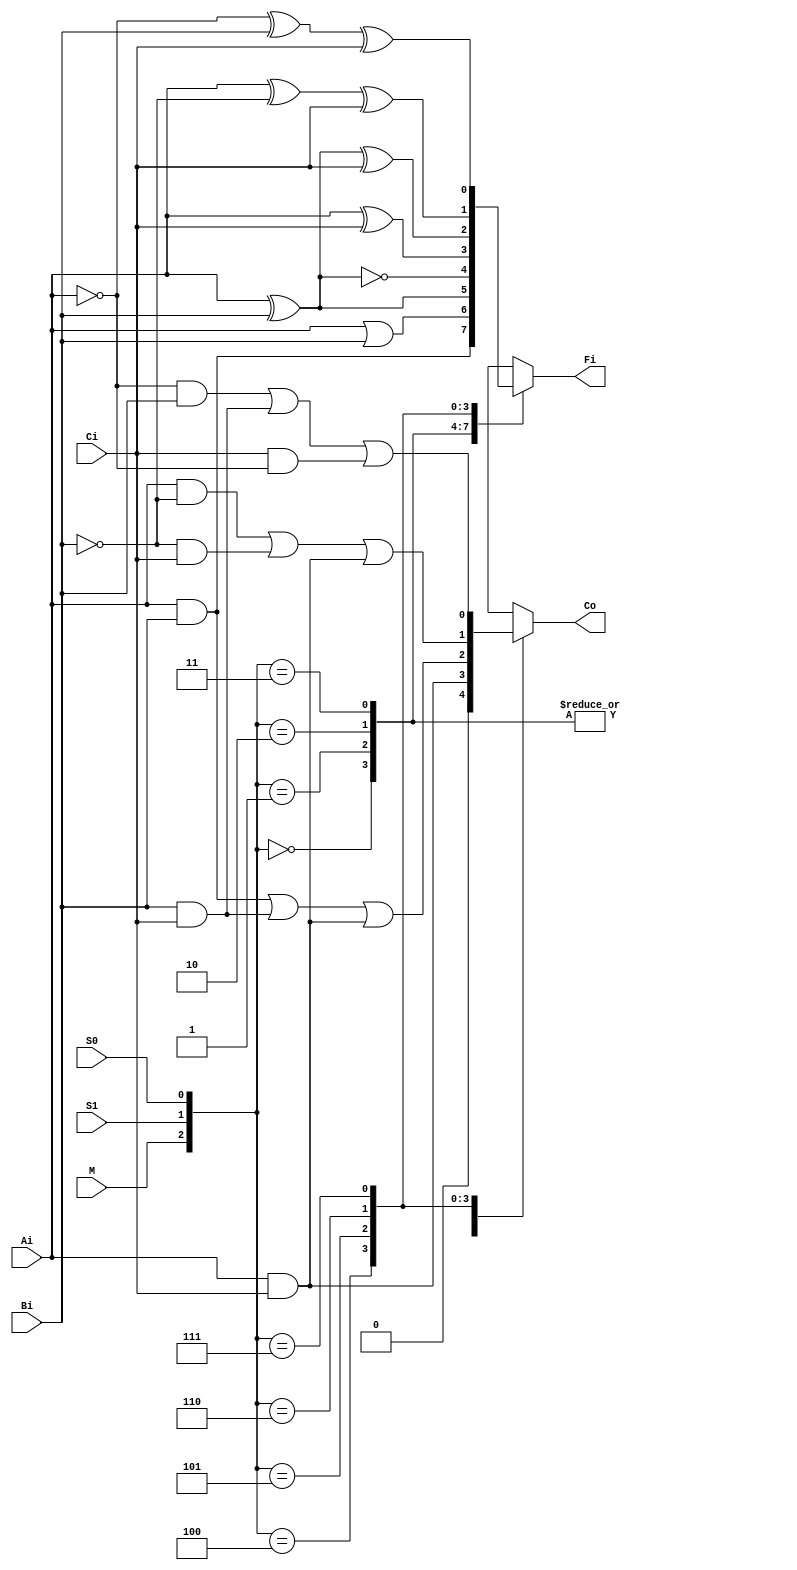
module ALU1b (M,S1,S0,Ai,Bi,Ci,Fi,Co);


input M,S1,S0,Ai,Bi,Ci;
output reg Fi, Co;

always @(M or S1 or S0 or Ai or Bi or Ci)
begin
	case({M,S1,S0})
	
		3'b000: 
			begin
				Fi = Ai & Bi;
				Co = 0;
			end
			
		3'b001: 
			begin
				Fi = Ai | Bi;
				Co = 0;
			end
			
		3'b010: 
			begin
				Fi = Ai ^ Bi;
				Co = 0;
			end
		
		3'b011: 
			begin
				Fi = ~(Ai ^ Bi);
				Co = 0;
			end
			
		3'b100: 
			begin
				Fi = Ai ^ Ci;
				Co = Ai & Ci;
			end
		
		3'b101:
			begin
				Fi = Ai ^ Bi ^ Ci;
				Co = Ai & Bi | Bi & Ci | Ci & Ai;
			end
		
		3'b110:
			begin
				Fi = Ai ^ ~Bi ^ Ci;
				Co = Ai & ~Bi | ~Bi & Ci | Ci & Ai;
			end
		
		3'b111:
			begin
				Fi = ~Ai ^ Bi ^ Ci;
				Co = ~Ai & Bi | Bi & Ci | Ci & ~Ai;
			end
		
	endcase

end

endmodule